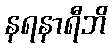
နရနာရီဘိ